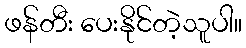
ဖန်တီး ပေးနိုင်တဲ့သူပါ။